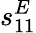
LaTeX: s_{11}^{E}